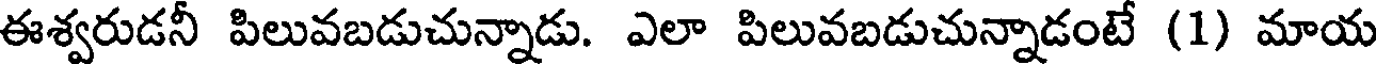
ఈశ్వరుడనీ పిలువబడుచున్నాడు. ఎలా పిలువబడుచున్నాడంటే (1) మాయ